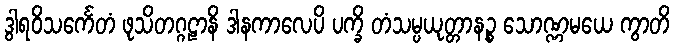
ဒွါရဝိသင်္ကေတံ ဖုသိတဂ္ဂဠာနိ ဒါနကာလေပိ ပက္ခိ တံသမ္ပယုတ္တာနဉ္စ သောဏ္ဏမယေ ကွာတိ